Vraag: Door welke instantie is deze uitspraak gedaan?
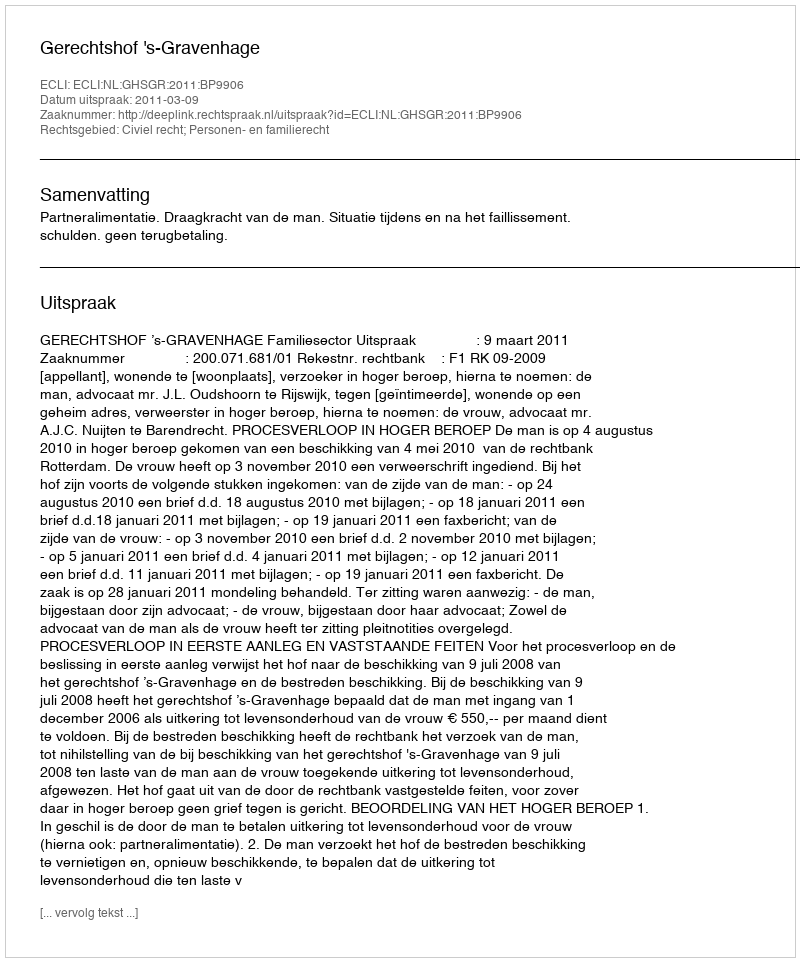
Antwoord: Gerechtshof 's-Gravenhage